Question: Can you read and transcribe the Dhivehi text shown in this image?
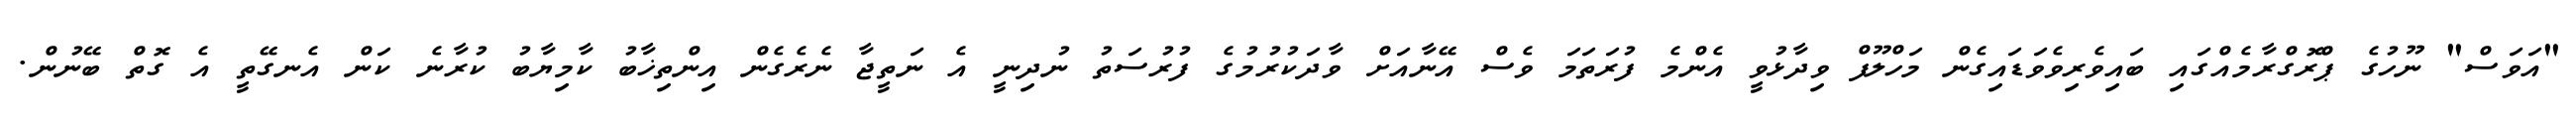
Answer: "އަވަސް" ނޫހުގެ ޕްރޮގްރާމެއްގައި ބައިވެރިވެވަޑައިގެން މަހްލޫފް ވިދާޅުވީ އެންމެ ފުރަތަމަ ވެސް އޭނާއަށް ވާދަކުރުމުގެ ފުރުސަތު ނުދިނީ އެ ނަތީޖާ ނެރެގެން އިންތިޚާބު ކާމިޔާބު ކުރާނެ ކަން އެނގޭތީ އެ ގޮތް ބޭނުން.